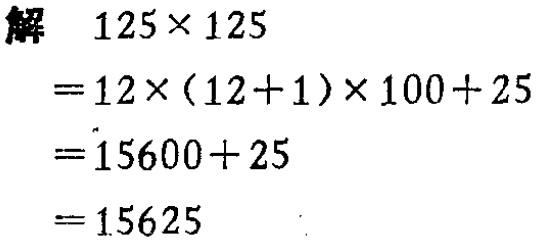
解 \(125\times 125\)
\(=12\times(12 + 1)\times100+25\)
\(=15600 + 25\)
\(=15625\)